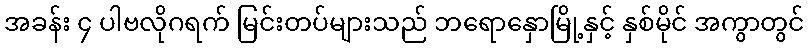
အခန်း ၄ ပါဗလိုဂရက် မြင်းတပ်များသည် ဘရောနှောမြို့နှင့် နှစ်မိုင် အကွာတွင်